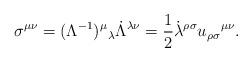
LaTeX: \begin{align*}\sigma ^{\mu \nu}=(\Lambda ^{-1})^{\mu}\hspace{0.1 mm}_{\lambda }\dot{\Lambda }^{\lambda \nu}=\frac{1}{2}\dot{\lambda }^{\rho \sigma}u_{\rho \sigma }\hspace{0.1 mm}^{\mu \nu }.\end{align*}